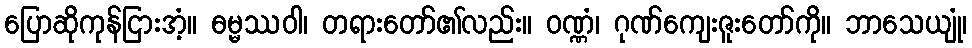
ပြောဆိုကုန်ငြားအံ့။ ဓမ္မဿဝါ၊ တရားတော်၏လည်း။ ဝဏ္ဏံ၊ ဂုဏ်ကျေးဇူးတော်ကို။ ဘာသေယျုံ၊